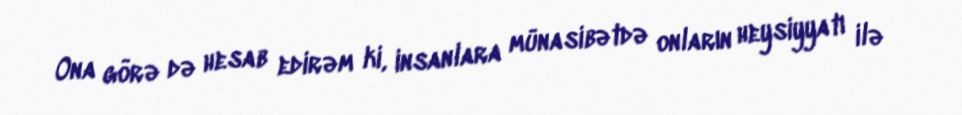
Ona görə də hesab edirəm ki, insanlara münasibətdə onların heysiyyatı ilə